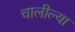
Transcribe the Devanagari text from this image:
चालील्या